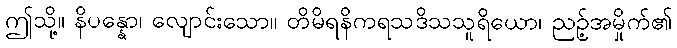
ဤသို့။ နိပန္နော၊ လျောင်းသော။ တိမိရနိကရသဒိသသူရိယော၊ ညဉ့်အမှိုက်၏